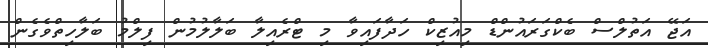
އަޖޭ އަތުލްސް ބެކްގަރައުންޑް މިއުޒިކް ހަދާފައިވާ މި ޓްރެއިލާ ބަލާލުމުން ފިލްމު ބަލާހިތްވެގެން